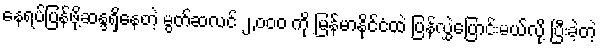
နေရပ်ပြန်ဖို့ဆန္ဒရှိနေတဲ့ မွတ်ဆလင် ၂,၀၀၀ ကို မြန်မာနိုင်ငံထဲ ပြန်လွှဲပြောင်းမယ်လို့ ပြီးခဲ့တဲ့